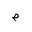
Letter: _mim